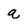
Character: q